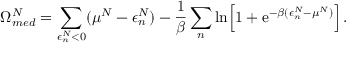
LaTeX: \Omega _ { m e d } ^ { N } = \sum _ { \epsilon _ { n } ^ { N } < 0 } ( \mu ^ { N } - \epsilon _ { n } ^ { N } ) - { \frac { 1 } { \beta } } \sum _ { n } \ln \Bigl [ 1 + \mathrm { e } ^ { - \beta ( \epsilon _ { n } ^ { N } - \mu ^ { N } ) } \Bigr ] \, .